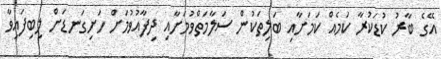
އޭގެ ބާރު ކުޑަކުރާ ކަމެއް ކަމަށާއި ބަލިތަކުން ސަލާމަތްވުމަށާއި ދިފާއުވުމަށް ހަށިގަނޑަށް ލިބިފައިވާ